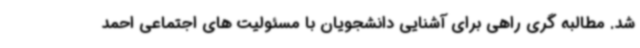
شد. مطالبه گری راهی برای آشنایی دانشجویان با مسئولیت های اجتماعی احمد